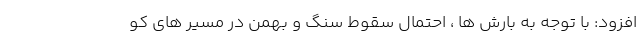
افزود: با توجه به بارش ها ، احتمال سقوط سنگ و بهمن در مسیر های کو